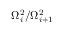
\Omega _ { i } ^ { 2 } / \Omega _ { i + 1 } ^ { 2 }